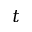
t